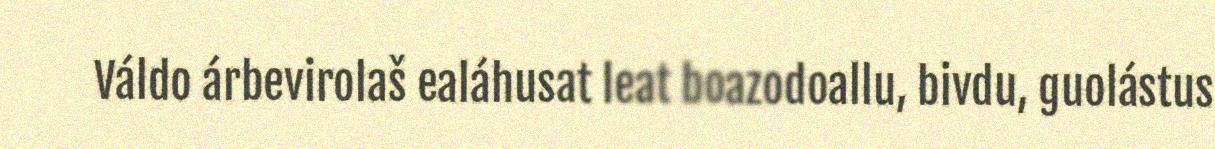
Váldo árbevirolaš ealáhusat leat boazodoallu, bivdu, guolástus